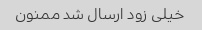
خیلی زود ارسال شد ممنون